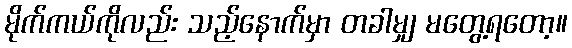
မိုက်ကယ်ကိုလည်း သည့်နောက်မှာ တခါမျှ မတွေ့ရတော့။